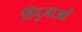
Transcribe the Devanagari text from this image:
हिंदुजाओं